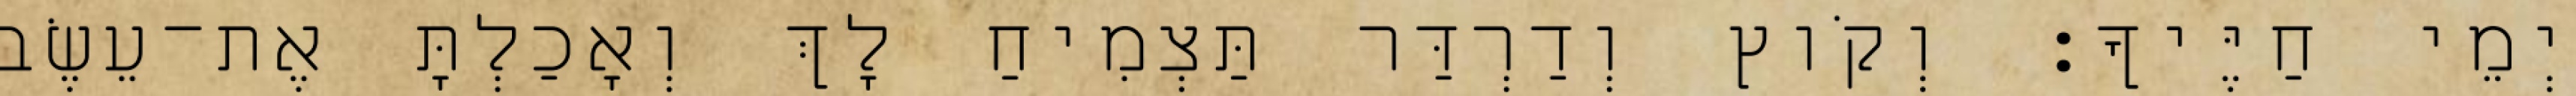
יְמֵי חַיֶּיךָ׃ וְקֹוץ וְדַרְדַּר תַּצְמִיחַ לָךְ וְאָכַלְתָּ אֶת־עֵשֶׂב